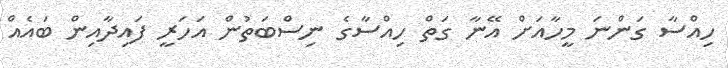
ހިއްސާ ގަންނަ މީހާއަށް އޭނާ ގަތް ހިއްސާގެ ނިސްބަތުން އަހަރީ ފައިދާއިން ބައެއް